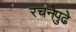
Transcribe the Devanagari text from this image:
रचनेपुढे